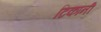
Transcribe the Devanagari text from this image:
टिकांनी